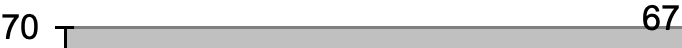
70                   67